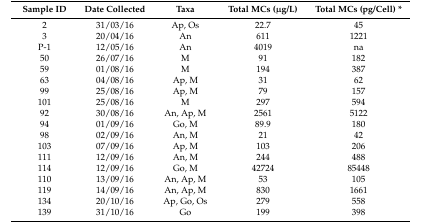
<table><thead><tr><td><b>Sample ID</b></td><td><b>Date Collected</b></td><td><b>Taxa</b></td><td><b>Total MCs (μg/L)</b></td><td><b>Total MCs (pg/Cell) *</b></td></tr></thead><tbody><tr><td>2</td><td>31/03/16</td><td>Ap, Os</td><td>22.7</td><td>45</td></tr><tr><td>3</td><td>20/04/16</td><td>An</td><td>611</td><td>1221</td></tr><tr><td>P-1</td><td>12/05/16</td><td>An</td><td>4019</td><td>na</td></tr><tr><td>50</td><td>26/07/16</td><td>M</td><td>91</td><td>182</td></tr><tr><td>59</td><td>01/08/16</td><td>M</td><td>194</td><td>387</td></tr><tr><td>63</td><td>04/08/16</td><td>Ap, M</td><td>31</td><td>62</td></tr><tr><td>99</td><td>25/08/16</td><td>Ap, M</td><td>79</td><td>157</td></tr><tr><td>101</td><td>25/08/16</td><td>M</td><td>297</td><td>594</td></tr><tr><td>92</td><td>30/08/16</td><td>An, Ap, M</td><td>2561</td><td>5122</td></tr><tr><td>94</td><td>01/09/16</td><td>Go, M</td><td>89.9</td><td>180</td></tr><tr><td>98</td><td>02/09/16</td><td>An, M</td><td>21</td><td>42</td></tr><tr><td>103</td><td>07/09/16</td><td>Ap, M</td><td>103</td><td>206</td></tr><tr><td>111</td><td>12/09/16</td><td>An, M</td><td>244</td><td>488</td></tr><tr><td>114</td><td>12/09/16</td><td>Go, M</td><td>42724</td><td>85448</td></tr><tr><td>110</td><td>13/09/16</td><td>An, Ap, M</td><td>53</td><td>105</td></tr><tr><td>119</td><td>14/09/16</td><td>An, Ap, M</td><td>830</td><td>1661</td></tr><tr><td>134</td><td>20/10/16</td><td>Ap, Go, Os</td><td>279</td><td>558</td></tr><tr><td>139</td><td>31/10/16</td><td>Go</td><td>199</td><td>398</td></tr></tbody></table>